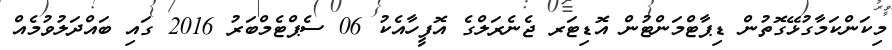
މިކަންކަމާގުޅޭގޮތުން ޑިޕާޓްމަންޓުން އޮޑިޓަރ ޖެނެރަލްގެ އޮފީހާއެކު 06 ސެޕްޓެމްބަރު 2016 ގައި ބައްދަލުވުމެއް